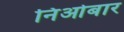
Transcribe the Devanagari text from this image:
निओबार